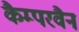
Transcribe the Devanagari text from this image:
कैम्परवैन